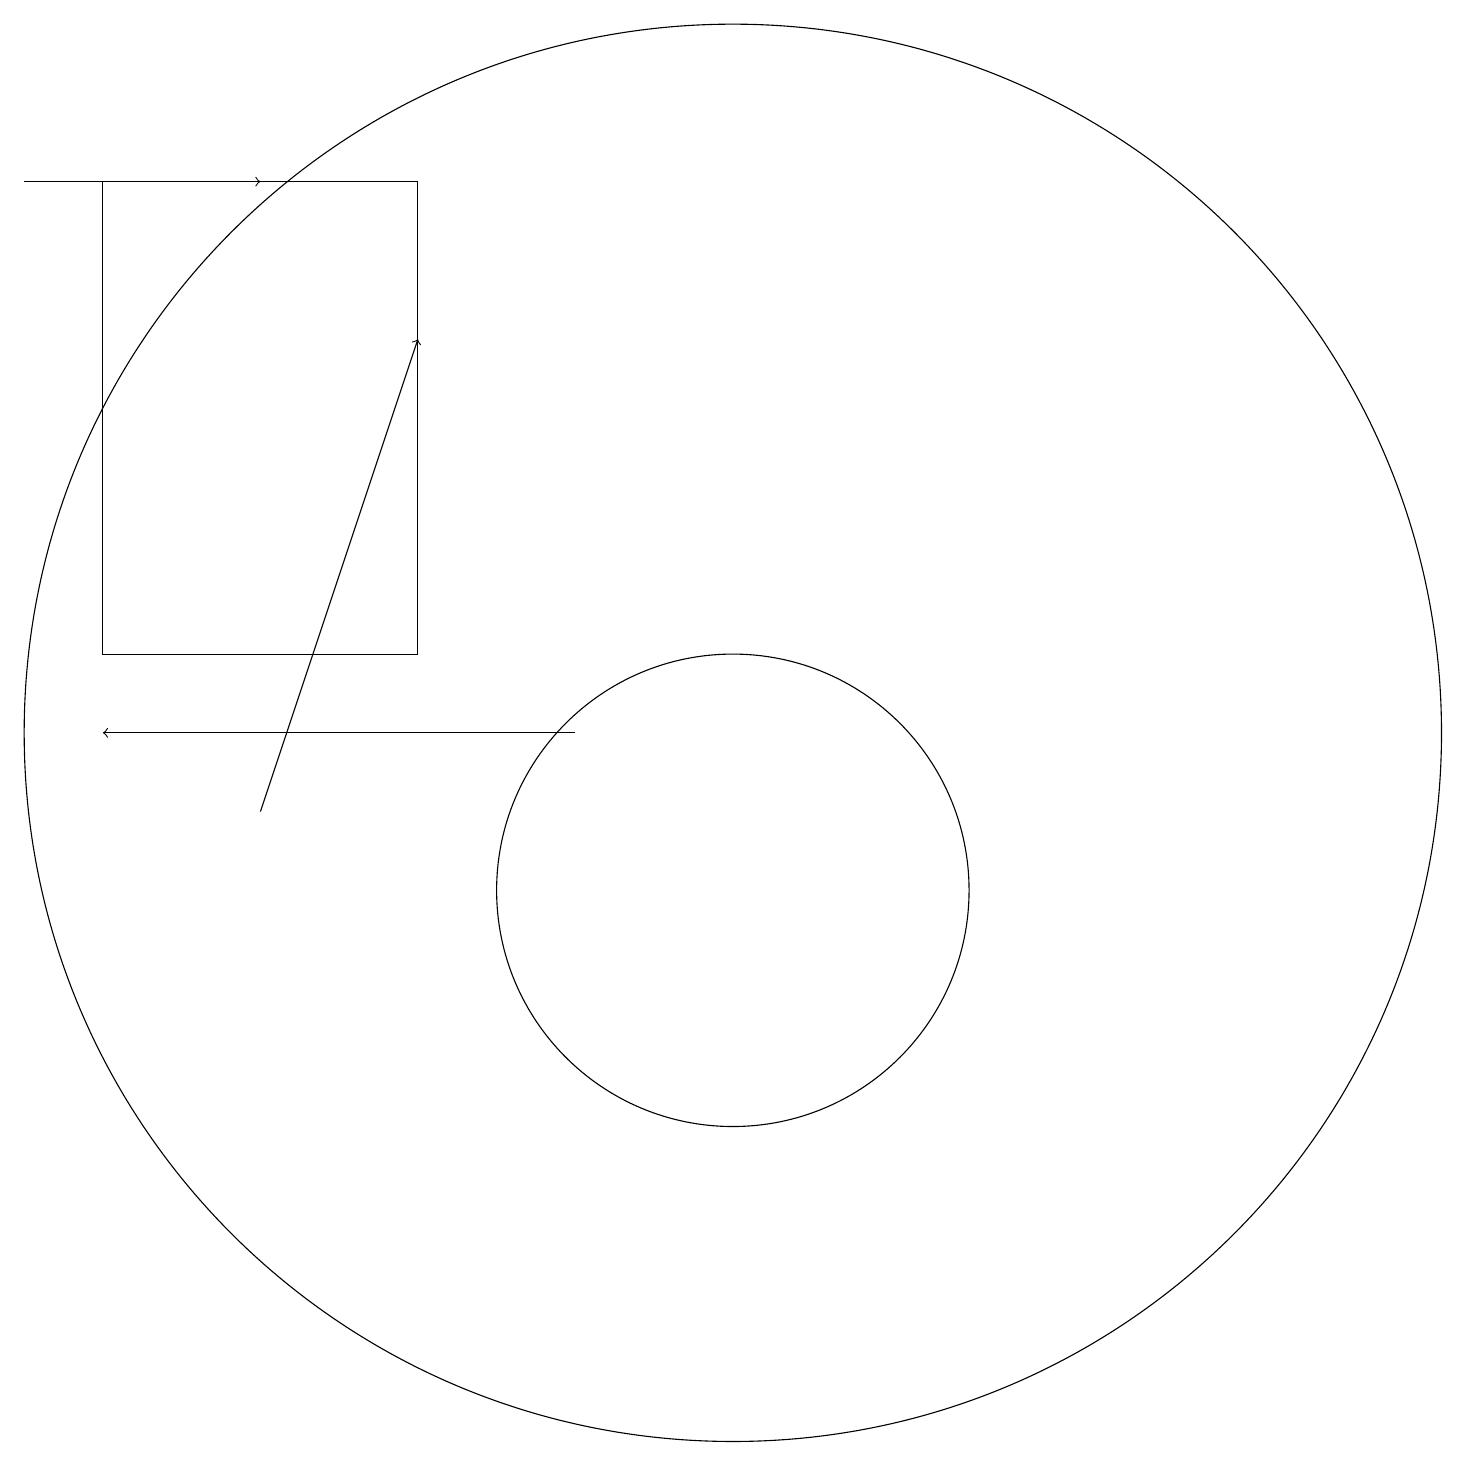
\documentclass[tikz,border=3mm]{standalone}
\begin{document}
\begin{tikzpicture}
\draw (7,19) rectangle (3,13);
\draw (11,12) circle (9);
\draw (11,10) circle (3);
\draw[->] (2,19) -- (5,19);
\draw[->] (9,12) -- (3,12);
\draw[->] (5,11) -- (7,17);
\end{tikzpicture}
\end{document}